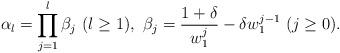
LaTeX: \begin{align*}\alpha_l=\prod_{j=1}^l \beta_j\ (l\ge 1),\ \beta_j=\frac{1+\delta}{w_1^j}-\delta w_1^{j-1}\ (j\ge 0). \end{align*}